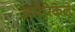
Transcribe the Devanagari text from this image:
अमेरिकेले